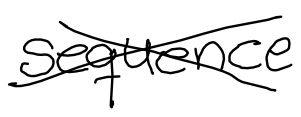
Text: sequence
Cross-out: cross
Writing tool: digital_black